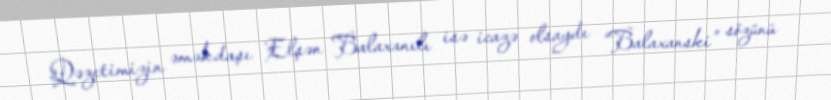
Qəzetimizin əməkdaşı Elşən Balaxanılı isə icazə olsaydı “Balaxanski” sözünü